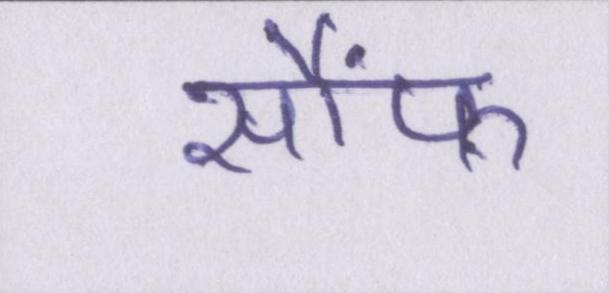
सौंफ